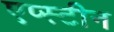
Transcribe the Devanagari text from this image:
एप्स्टीन